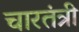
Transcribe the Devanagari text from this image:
चारतंत्री